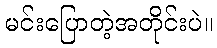
မင်းပြောတဲ့အတိုင်းပဲ။